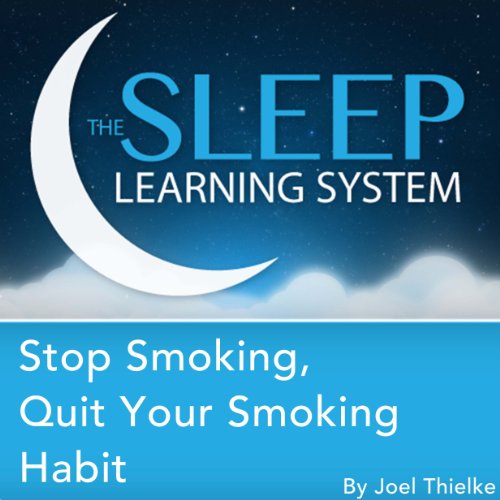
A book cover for Stop Smoking, Quit Your Smoking Habit with Hypnosis, Meditation, and Affirmations: The Sleep Learning System; Joel Thielke; Health, Fitness & Dieting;